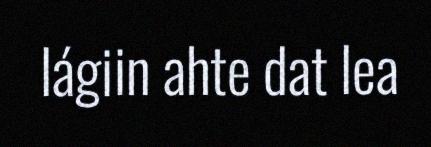
lágiin ahte dat lea